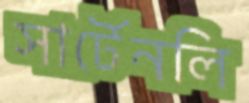
সার্টেনলি